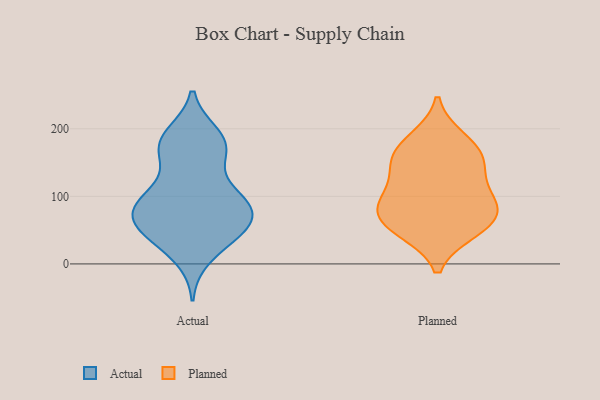
{"axis": {"x": "Humidity (%)", "y": "Value"}, "legend": ["Actual", "Planned"], "data": [{"x": "", "y": 11, "type": "Actual"}, {"x": "", "y": 179, "type": "Actual"}, {"x": "", "y": 67, "type": "Actual"}, {"x": "", "y": 169, "type": "Actual"}, {"x": "", "y": 69, "type": "Actual"}, {"x": "", "y": 168, "type": "Actual"}, {"x": "", "y": 162, "type": "Actual"}, {"x": "", "y": 187, "type": "Actual"}, {"x": "", "y": 33, "type": "Actual"}, {"x": "", "y": 51, "type": "Actual"}, {"x": "", "y": 101, "type": "Actual"}, {"x": "", "y": 85, "type": "Actual"}, {"x": "", "y": 52, "type": "Actual"}, {"x": "", "y": 48, "type": "Actual"}, {"x": "", "y": 85, "type": "Actual"}, {"x": "", "y": 100, "type": "Actual"}, {"x": "", "y": 190, "type": "Actual"}, {"x": "", "y": 96, "type": "Actual"}, {"x": "", "y": 58, "type": "Actual"}, {"x": "", "y": 96, "type": "Actual"}, {"x": "", "y": 153, "type": "Planned"}, {"x": "", "y": 94, "type": "Planned"}, {"x": "", "y": 90, "type": "Planned"}, {"x": "", "y": 57, "type": "Planned"}, {"x": "", "y": 76, "type": "Planned"}, {"x": "", "y": 185, "type": "Planned"}, {"x": "", "y": 173, "type": "Planned"}, {"x": "", "y": 55, "type": "Planned"}, {"x": "", "y": 135, "type": "Planned"}, {"x": "", "y": 49, "type": "Planned"}, {"x": "", "y": 95, "type": "Planned"}, {"x": "", "y": 150, "type": "Planned"}]}